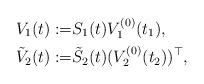
LaTeX: \begin{align*}V_1(t):=&S_1(t)V_1^{(0)}(t_1), \\\tilde V_2(t):=&\tilde S_2(t) (V^{(0)}_2(t_2))^{\top},\end{align*}